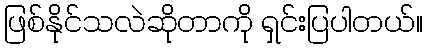
ဖြစ်နိုင်သလဲဆိုတာကို ရှင်းပြပါတယ်။